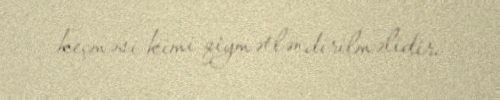
keçməsi kimi qiymətləndirilməlidir.